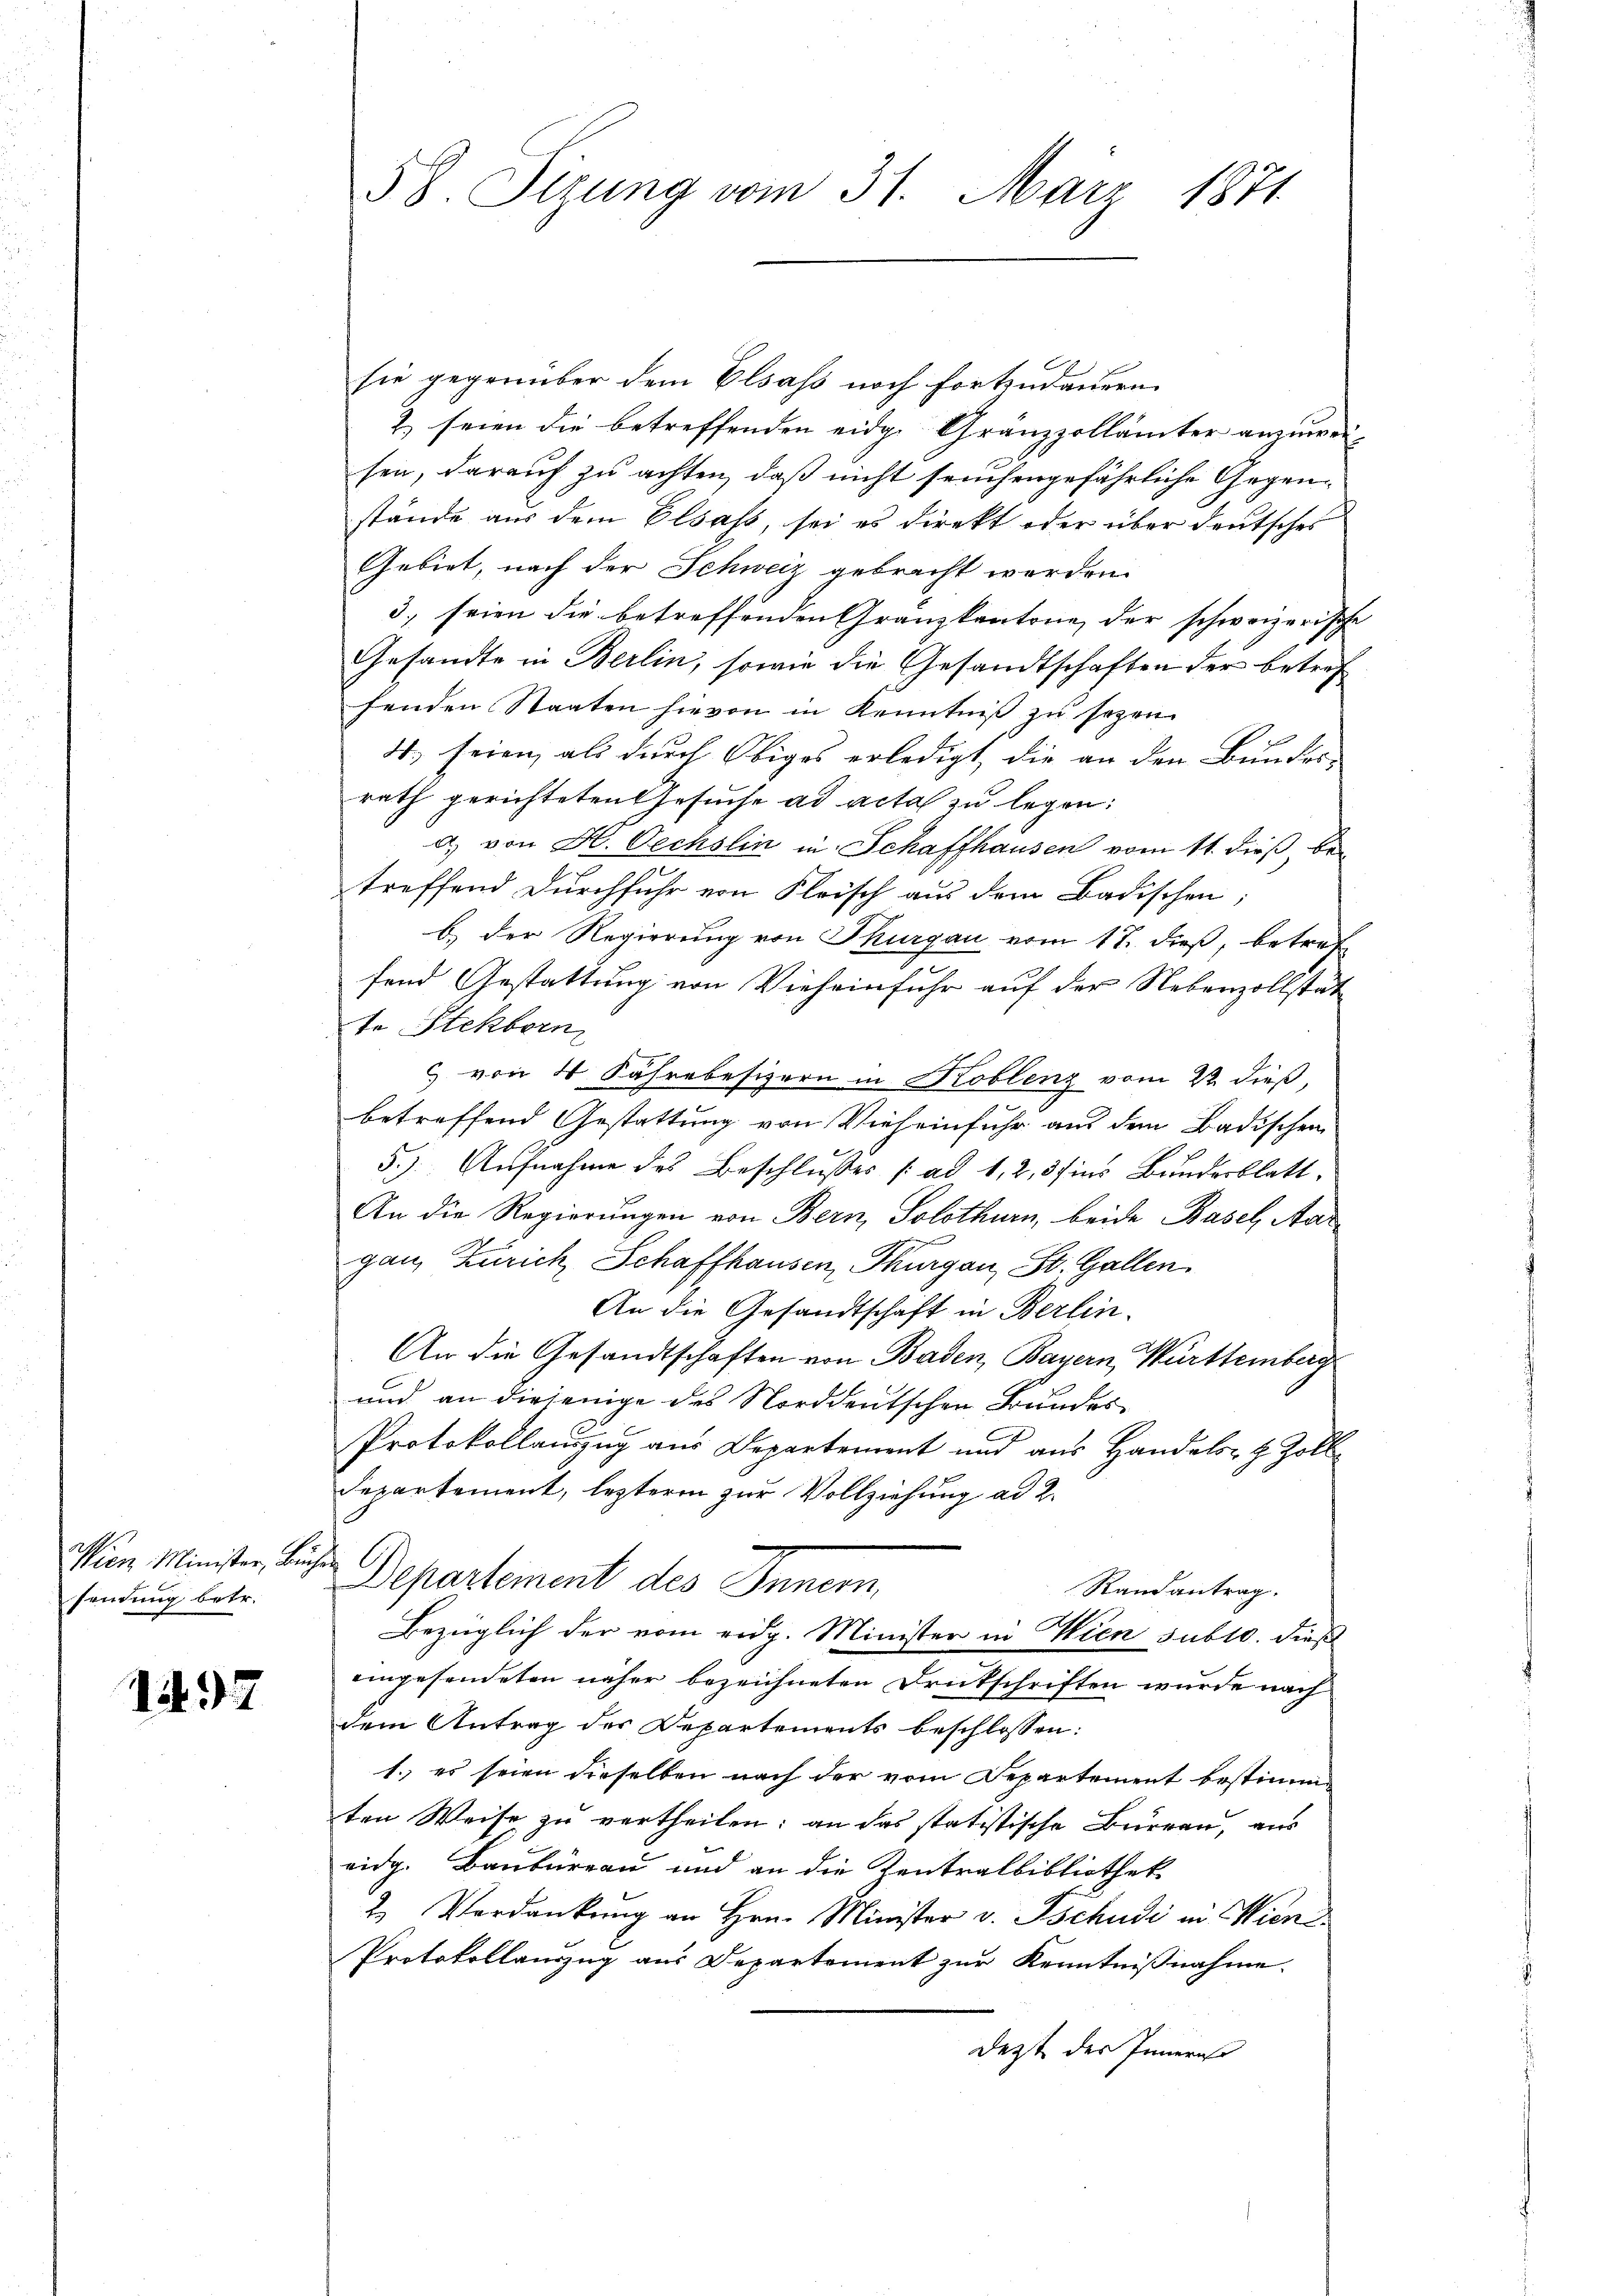
Wien Minister, Be
sendung betr.

1497

58. Sizung vom 31. März 1871

sie gegenüber dem Elsass noch fortzudauern
2) seien die betreffenden eidg. Gränzzollämter anzuweisen, darauf zu achten, daß nicht seuchengefährliche Gegenstände aus dem Elsass, sei es direkt oder über deutsches
Gebiet, nach der Schweiz gebracht werden.
3. seien die betreffenden Granzkantone der schweizerische
Gesandte in Berlin, sowie die Gesandtschaften der betref
fenden Staaten hievon in Kenntniß zu sezen.
4. seien, als durch Obiges erledigt, die an den Bundes-
rath gerichteten Gesuche ad acta zu legen:
a) von H. Oechslin in Schaffhausen vom 11. dieß, be-
treffend Durchfuhr von Fleisch aus dem Badischen;
b.) Der Regierung von Thurgau vom 17. dieß, betreffend Gestattung von Vieheinfuhr auf der Nebenzollstät
te Stekborn
c von 4 Jahre besizern in Koblenz vom 22. dieß,
betreffend Gestattung von Vieheinfuhr aus dem Badischen
5.) Aufnahme des Beschlusses (ad 1, 2, 37 ins Bundesblatt
An die Regierungen von Bern, Solothurn, beide Basel, Aar
ganz Zürich, Schaffhausen, Thurgau, St. Gallen
An die Gesandtschaft in Berlin-
An die Gesandtschaften von Baden, Bayern, Württemberg
und an diejenige des Norddeutschen Bundes
Protokollauszug aus Departement und aus Handelsr. Z. Zoll¬
Departement, lezteren zur Vollziehung ad 2.
Departement des Innern,
Randantrag.
Bezüglich der vom eidg. Minister in Wien subto. dieß
eingesendeten näher bezeichneten Drukschriften wurde nach
dem Antrag der Departements beschlossen:
1. es seien dieselben nach der vom Departement bestimmten Weise zu vertheilen; an das statistische Burren, aus
eidg. Baubureau und an die Zentralbibliothek
2. Verdankung an Hrn. Minister v. Tschudi in Wien
Protokollauszug aus Departement zur Kenntnißnahme.
Dezt des Innern